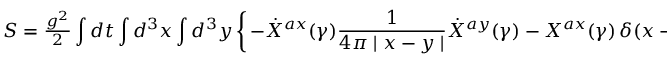
S = { \textstyle { \frac { g ^ { 2 } } { 2 } } } \int d t \int d ^ { 3 } { x } \int d ^ { 3 } { y } \left\{ \, - \dot { X } ^ { a x } ( \gamma ) \frac { 1 } { 4 \pi \mid x - y \mid } \dot { X } ^ { a y } ( \gamma ) - X ^ { a x } ( \gamma ) \, \delta ( x - y ) \, X ^ { a y } ( \gamma ) \, \right\}